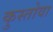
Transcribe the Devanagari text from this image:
कुस्तोवा